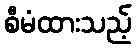
စီမံထားသည့်